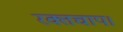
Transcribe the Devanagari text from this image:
रक्तचाप।